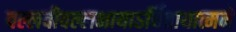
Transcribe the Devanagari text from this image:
बल्लवीवल्लभायाऽर्चितायात्मने